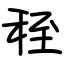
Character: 秷